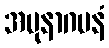
အပုနာဂမနံ